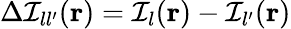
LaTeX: \Delta\mathcal{I}_{ll^{\prime}}(\mathbf{r})=\mathcal{I}_{l}(\mathbf{r})-\mathcal{I}_{l^{\prime}}(\mathbf{r})